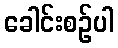
ခေါင်းစဉ်ပါ